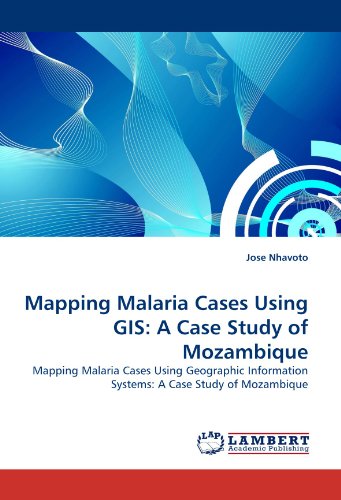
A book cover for Mapping Malaria Cases Using GIS: A Case Study of Mozambique: Mapping Malaria Cases Using Geographic Information Systems: A Case Study of Mozambique; Jose Nhavoto; Travel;